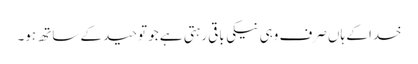
خدا کے ہاں صرف وہی نیکی باقی رہتی ہے جو توحید کے ساتھ ہو۔